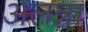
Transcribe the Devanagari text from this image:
अलन्ना